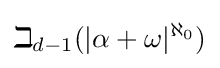
\beth _{d-1}(|\alpha +\omega |^{\aleph _{0}})